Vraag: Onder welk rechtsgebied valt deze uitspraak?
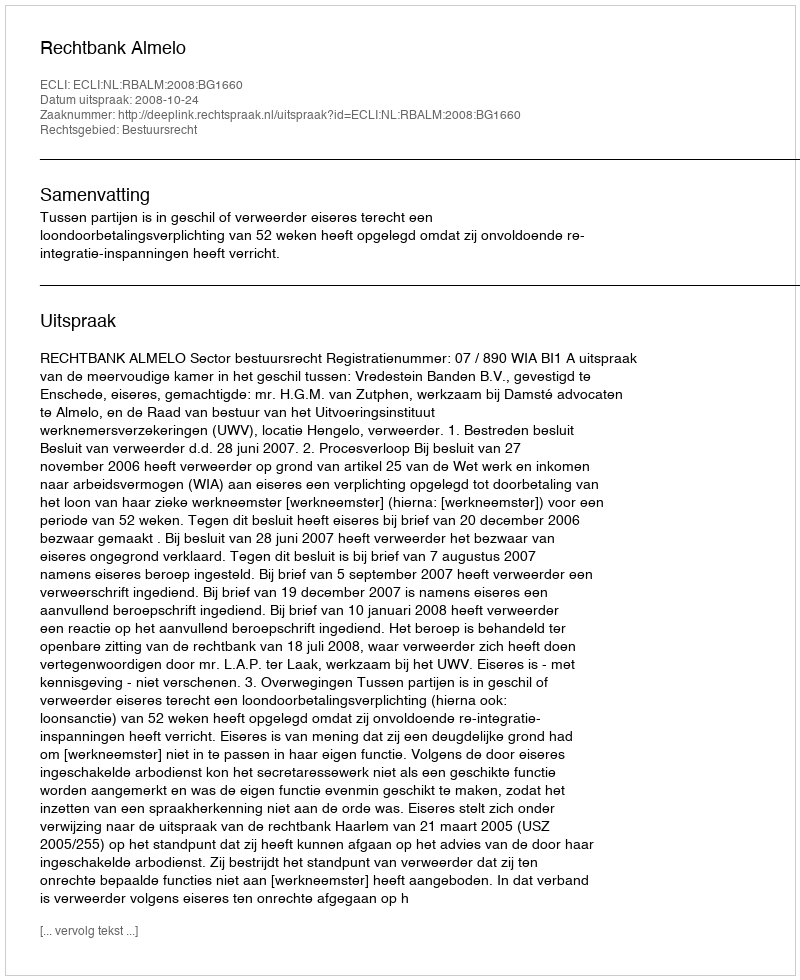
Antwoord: Bestuursrecht